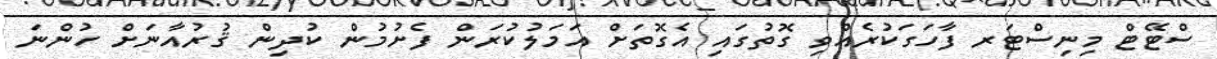
ސްޓޭޓް މިނިސްޓަރ ފާހަގަކުރެއްވި ގޮތުގައި އެގޮތަށް އަމަލުކުރަން ފެށުމުން ކުދިން ޤުރުއާނަށް ހުންނަ